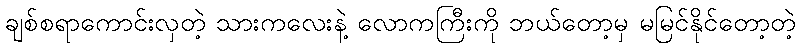
ချစ်စရာကောင်းလှတဲ့ သားကလေးနဲ့ လောကကြီးကို ဘယ်တော့မှ မမြင်နိုင်တော့တဲ့